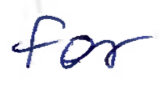
Text: for
Cross-out: clean
Writing tool: ballpoint